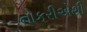
નોકરીએથી